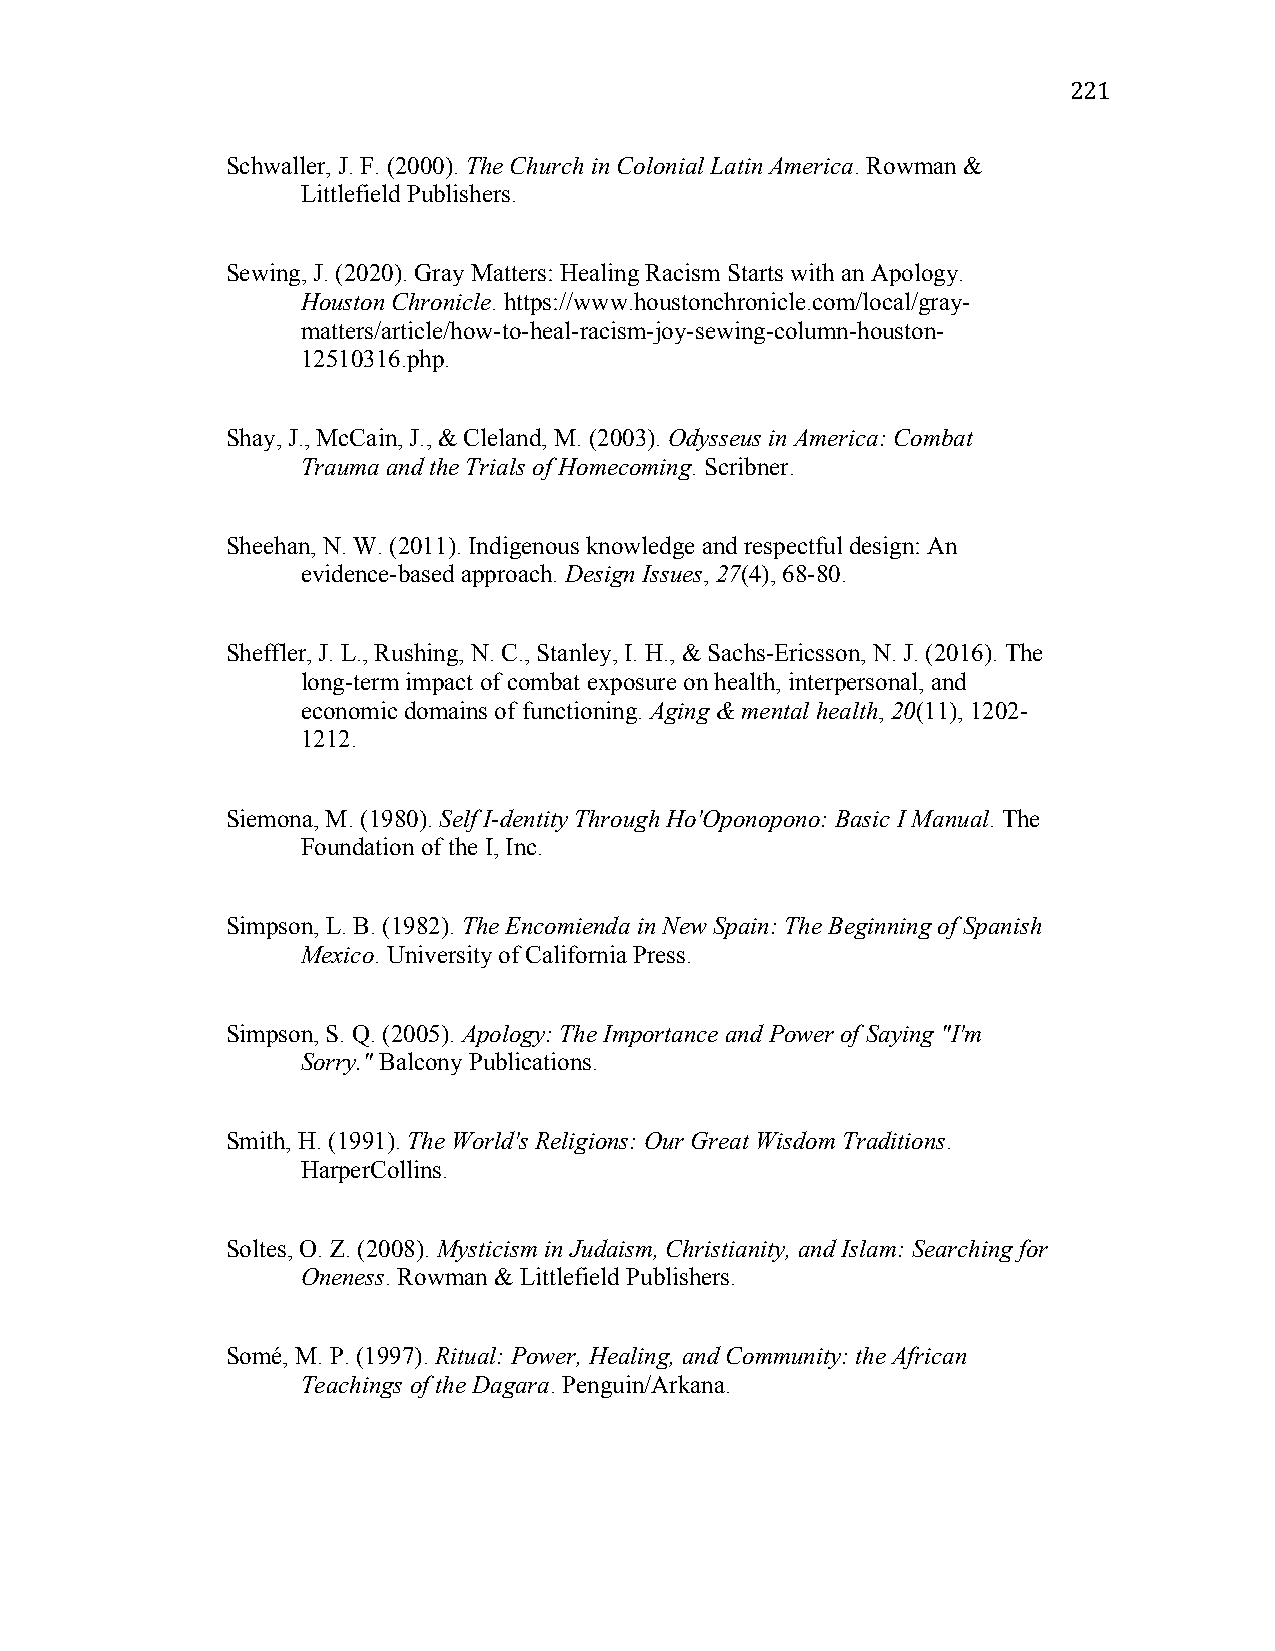
221
 Schwaller, J. F. (2000). The Church in Colonial Latin America. Rowman &
 Littlefield Publishers.
 Sewing, J. (2020). Gray Matters: Healing Racism Starts with an Apology.
 Houston Chronicle. https://www.houstonchronicle.com/local/gray-
 matters/article/how-to-heal-racism-joy-sewing-column-houston-
 12510316.php.
 Shay, J., McCain, J., & Cleland, M. (2003). Odysseus in America: Combat
 Trauma and the Trials of Homecoming. Scribner.
 Sheehan, N. W. (2011). Indigenous knowledge and respectful design: An
 evidence-based approach. Design Issues, 27(4), 68-80.
 Sheffler, J. L., Rushing, N. C., Stanley, I. H., & Sachs-Ericsson, N. J. (2016). The
 long-term impact of combat exposure on health, interpersonal, and
 economic domains of functioning. Aging & mental health, 20(11), 1202-
 1212.
 Siemona, M. (1980). Self I-dentity Through Ho'Oponopono: Basic I Manual. The
 Foundation of the I, Inc.
 Simpson, L. B. (1982). The Encomienda in New Spain: The Beginning of Spanish
 Mexico. University of California Press.
 Simpson, S. Q. (2005). Apology: The Importance and Power of Saying "I'm
 Sorry." Balcony Publications.
 Smith, H. (1991). The World's Religions: Our Great Wisdom Traditions.
 HarperCollins.
 Soltes, O. Z. (2008). Mysticism in Judaism, Christianity, and Islam: Searching for
 Oneness. Rowman & Littlefield Publishers.
 Somé, M. P. (1997). Ritual: Power, Healing, and Community: the African
 Teachings of the Dagara. Penguin/Arkana.